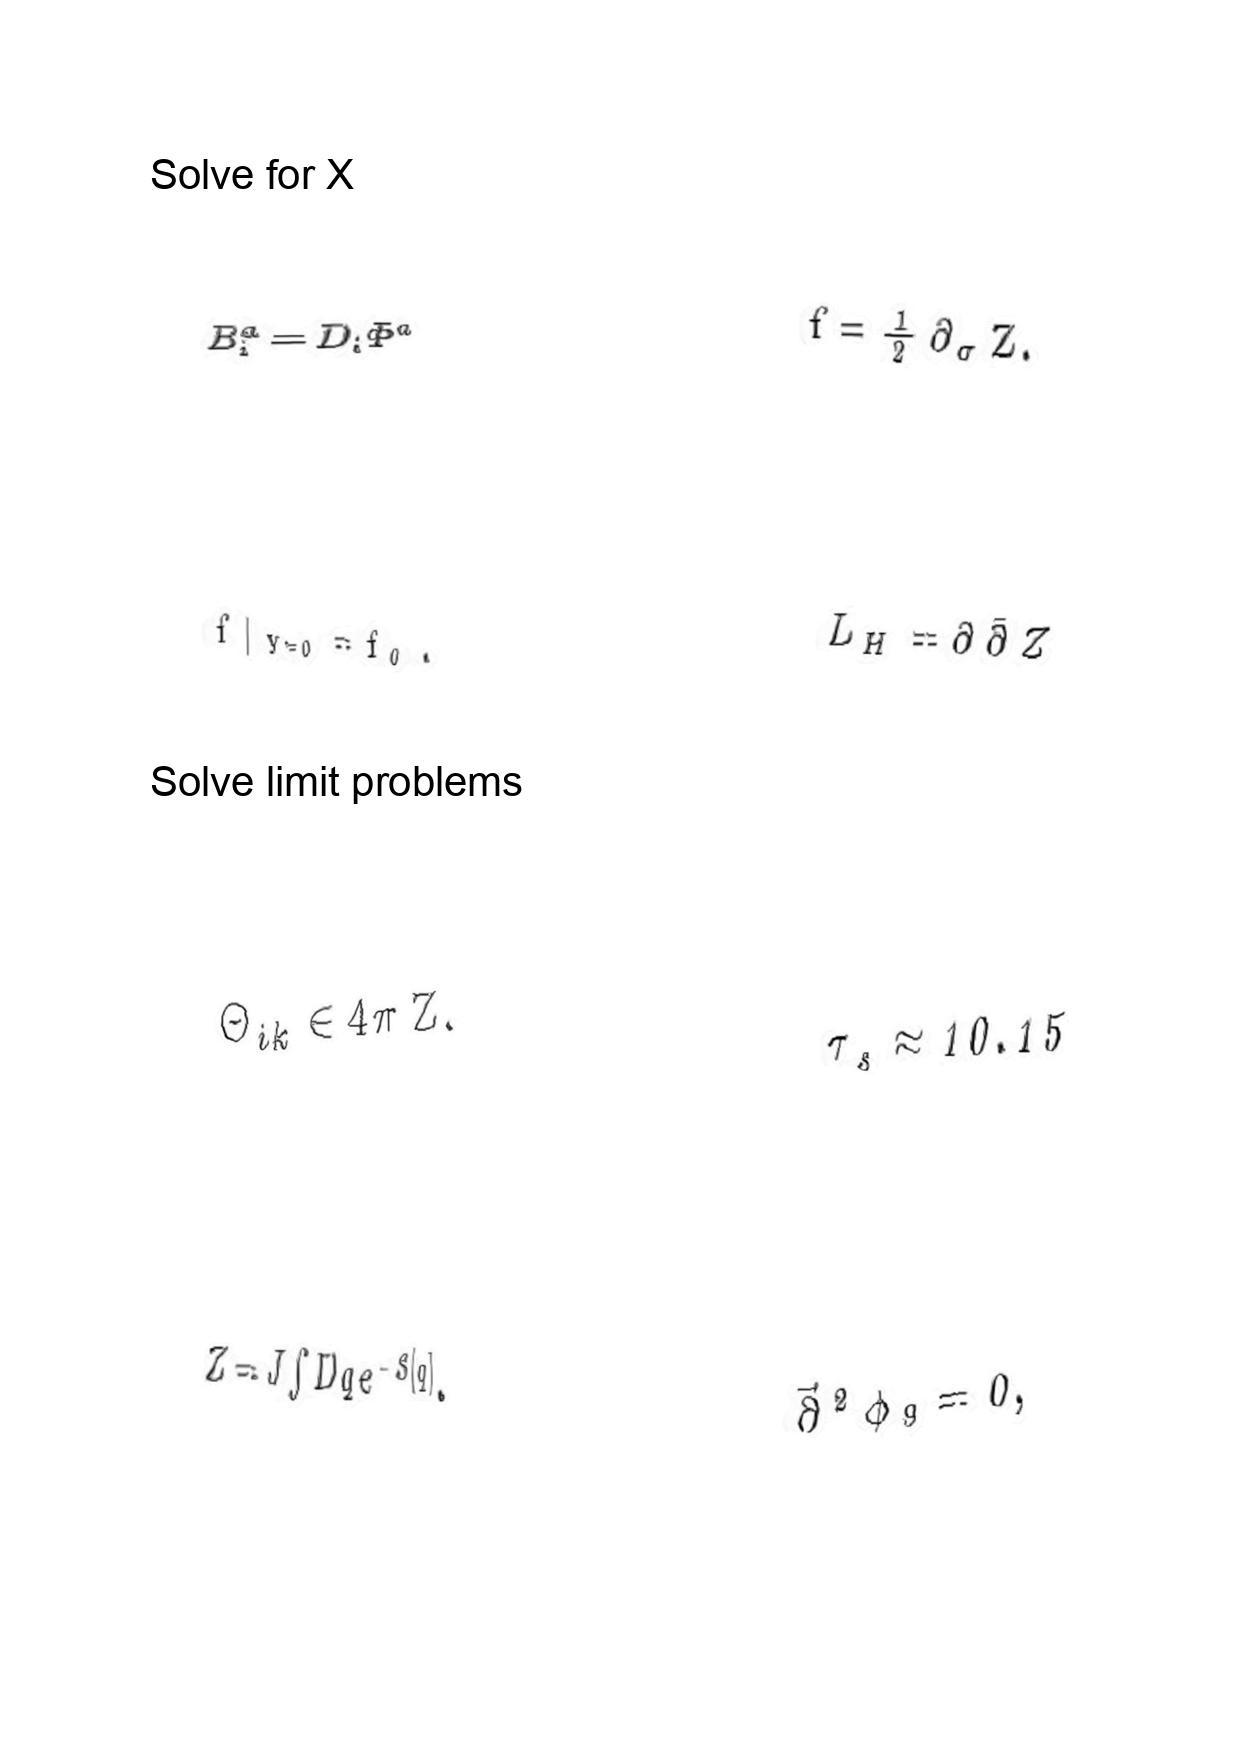
LaTeX transcription:
B _ { i } ^ { a } = D _ { i } \Phi ^ { a }
f \vert _ { Y = 0 } = f _ { 0 } .
\Theta _ { i k } \in 4 \pi \mathrm { \space Z } .
Z = J \int D q e ^ { - S \lbrack q \rbrack } ,
f = \frac { 1 } { 2 } \partial _ { \sigma } Z .
L _ { H } = \partial \bar { \partial } Z
\tau _ { s } \approx 1 0 . 1 5
\vec { \partial } ^ { 2 } \phi _ { 9 } = 0 ,